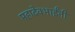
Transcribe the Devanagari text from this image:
महादेवभाईंनी